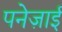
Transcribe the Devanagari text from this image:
पनेज़ाई